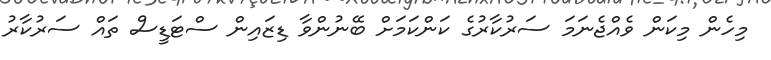
މިހެން މިކަން ވެއްޖެނަމަ ސަރުކާރުގެ ކަންކަމަށް ބޭނުންވާ ޑިޒައިން ސްޓަޑީސް ތައް ސަރުކާރު